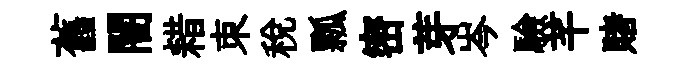
舊闇耤朿稅瓢密芽岑驗芊賭